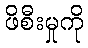
ဖိစီးမှုကို